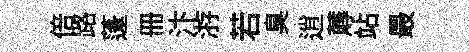
倍路蓬册汴㳺若臭逍蓐站最